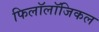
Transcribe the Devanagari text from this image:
फिलॉलॉजिकल